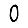
Digit: 0